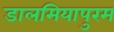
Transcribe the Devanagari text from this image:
डालमियापुरम